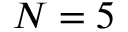
N = 5